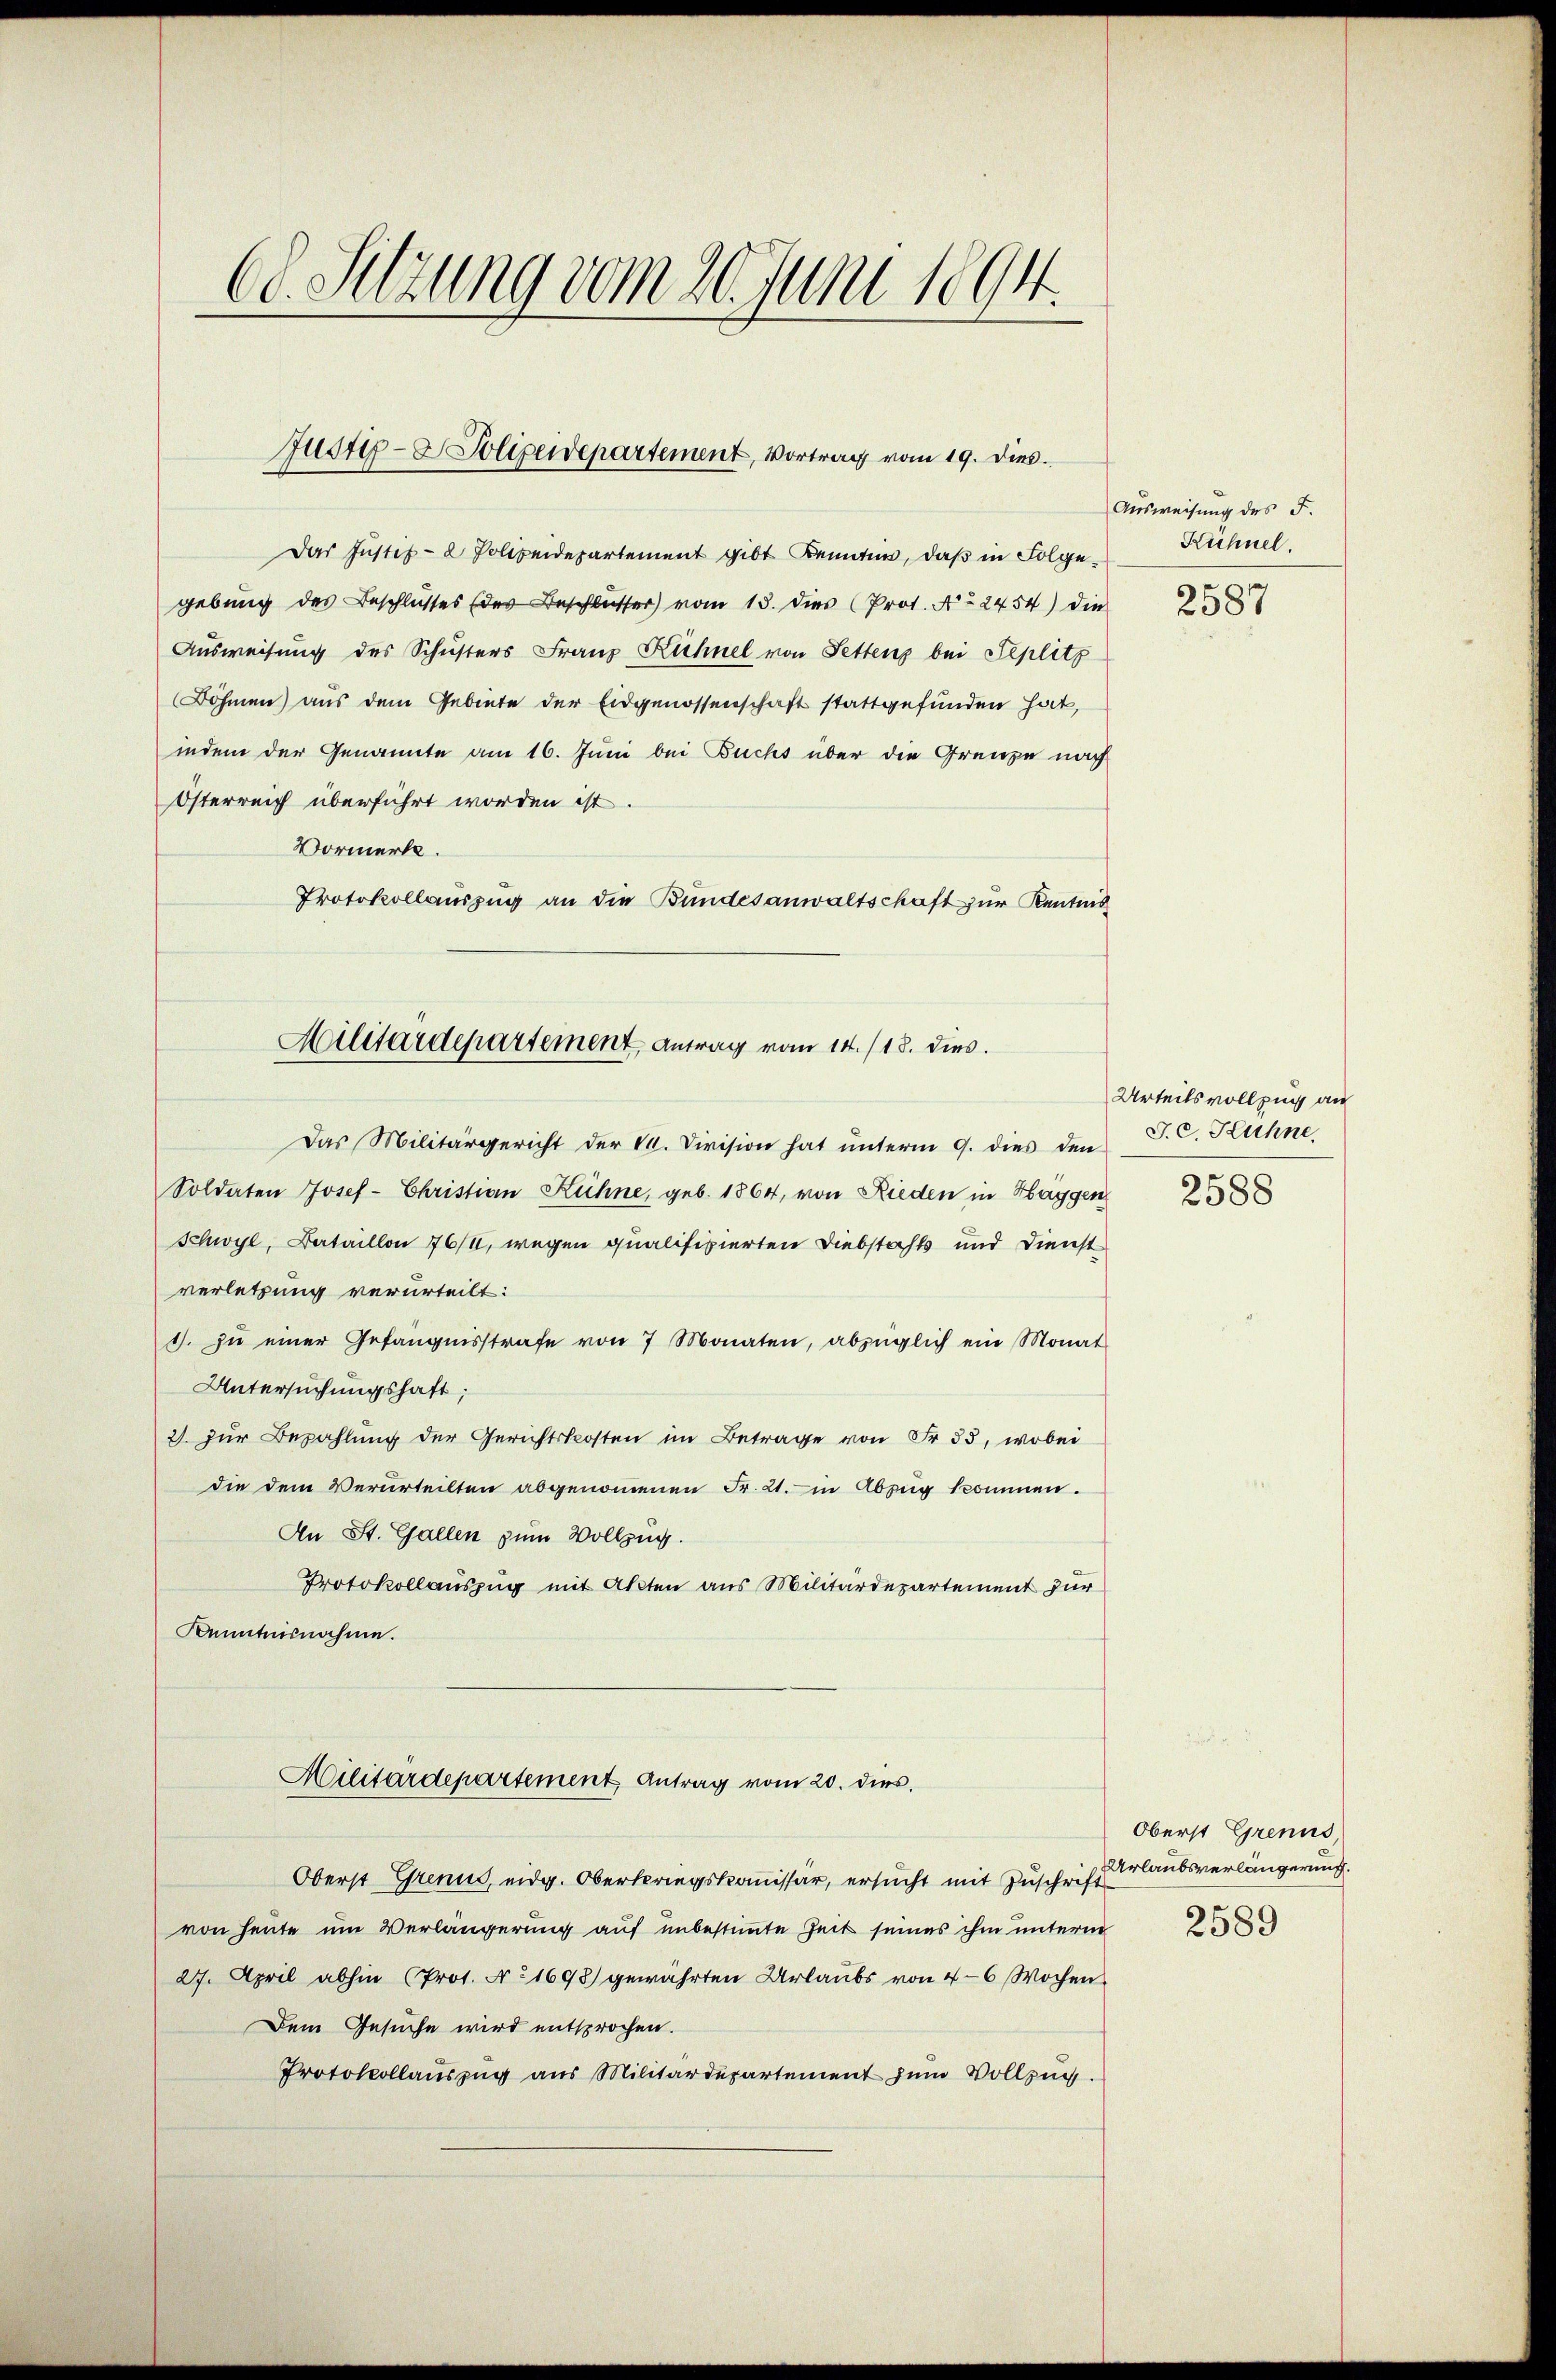
60. Sitzung vom 20. Juni 1894.

Justiz- & Polizeidepartement, Vortrag vom 19. dies.

Das Justiz- & Polizeidepartement gibt Kennten, daß in Folgegebung des Beschlusses (des Beschlusser) vom 13. dies Prof. No 2454) die
Ausweisung des Schusters Franz Kühnel von Settens bei Seplitz
Böhmen) aus dem Gebiete der Eidgenossenschaft stattgefunden hat,
indem der Genannte am 16. Juni bei Buchs über die Grenze nach
Österreich überführt worden ist
Vormerke.
Protokollauszug an die Bundesanwaltschaft zur Kentnis¬
Das Militärgericht der M. Division hat unterm 9. dies den
Soldaten Josef- Christian Kühne, geb. 1864, von Rieden in Haggen
Schwyl, Bataillon 764, wegen qualifizierten Diebstahls und Dienst
verletzung verurteilt:
. zŭ einer Gefängnisstrafe von 7 Monaten, abzüglich ein Monat
Untersuchungshaft;
2. zur Bezahlung der Gerichtskosten im Betrage von Fr. 53, wobei
die dem Verurteilten abgenommenen Fr. 21. in Abzug kommen.
An St. Gallen zum Vollzug.
Protokollauszug mit Akten aus Militärdepartement zur
Kenntnisnahme.
Militärdepartement Antrag vom 20. dies
Oberst Grenu, eidg. Oberkriegskommissär, ersucht mit Zuschrift
von heute um Verlängerung auf unbestimmte Zeit seines ihm unterm
27. April abhin (Prot. No 1698) gewährten Urlaubs von 4-6 Wochen
Dem Gesuche wird entsprochen.
Protokollauszug aus Militärdepartement zum Vollzug.

Militärdepartement, Antrag vom 14./18. dies.

Ausweisung des F.
Kichnel.

2587

Urteilsvollzug au
J. C. Hühne
2588

Oberst Grenus
Urlaubsverlängerung.

2589